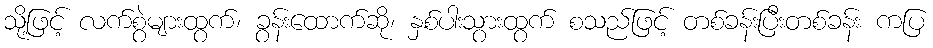
သို့ဖြင့် လက်စွဲများထွက်၊ ခွန်းထောက်ဆို၊ နှစ်ပါးသွားထွက် စသည်ဖြင့် တစ်ခန်းပြီးတစ်ခန်း ကပြ